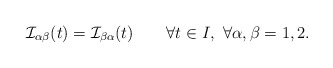
\begin{align*}\mathcal{I}_{\alpha\beta}(t)=\mathcal{I}_{\beta\alpha}(t)\qquad\forall t\in I,\ \forall\alpha,\beta=1,2.\end{align*}